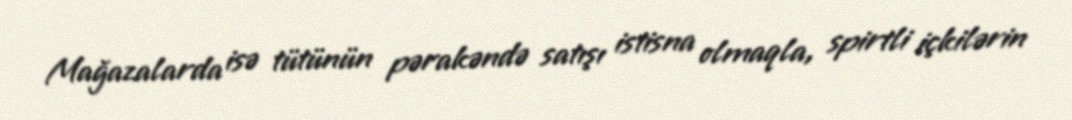
Mağazalarda isə tütünün pərakəndə satışı istisna olmaqla, spirtli içkilərin